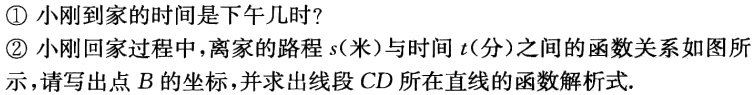
\textcircled{1} 小刚到家的时间是下午几时?
\textcircled{2} 小刚回家过程中，离家的路程\(s\)（米）与时间\(t\)（分）之间的函数关系如图所示，请写出点\(B\)的坐标，并求出线段\(CD\)所在直线的函数解析式.